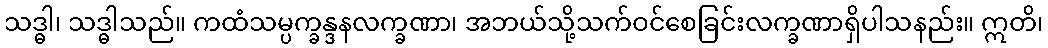
သဒ္ဓါ၊ သဒ္ဓါသည်။ ကထံသမ္ပက္ခန္ဒနလက္ခဏာ၊ အဘယ်သို့သက်ဝင်စေခြင်းလက္ခဏာရှိပါသနည်း။ ဣတိ၊